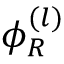
\phi _ { R } ^ { ( l ) }